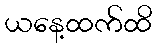
ယနေ့ထက်ထိ